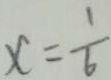
x = \frac { 1 } { 6 }